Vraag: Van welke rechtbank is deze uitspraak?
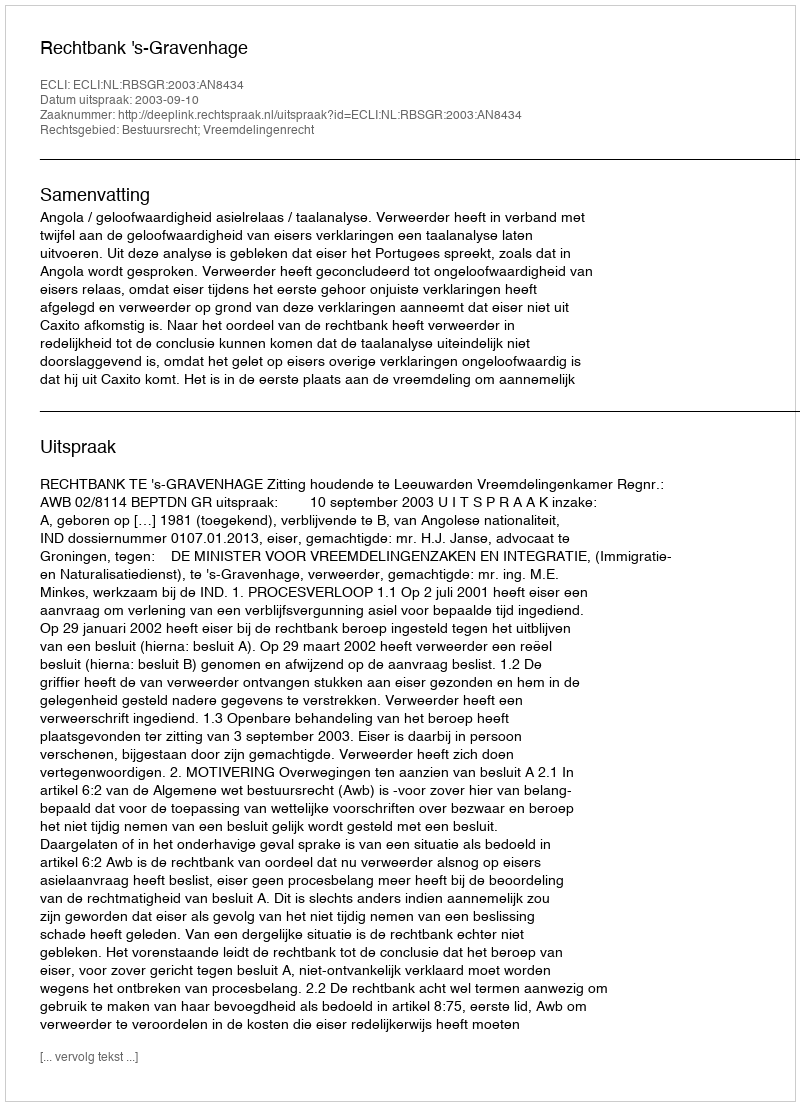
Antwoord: Rechtbank 's-Gravenhage